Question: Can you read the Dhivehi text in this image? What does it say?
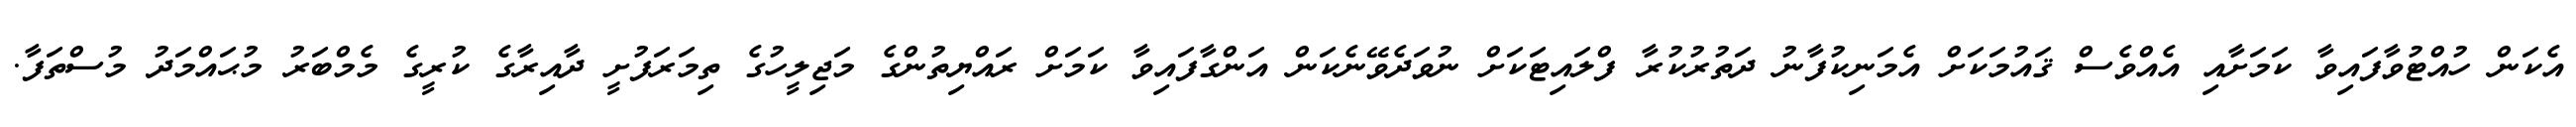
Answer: އެކަން ހުއްޓުވާފައިވާ ކަމަށާއި އެއްވެސް ޤައުމަކަށް އެމަނިކުފާނު ދަތުރުކުރާ ފްލައިޓަކަށް ނުވަދެވޭނެކަން އަންގާފައިވާ ކަމަށް ރައްޔިތުންގެ މަޖިލީހުގެ ތިމަރަފުށީ ދާއިރާގެ ކުރީގެ މެމްބަރު މުޙައްމަދު މުސްތަފާ.